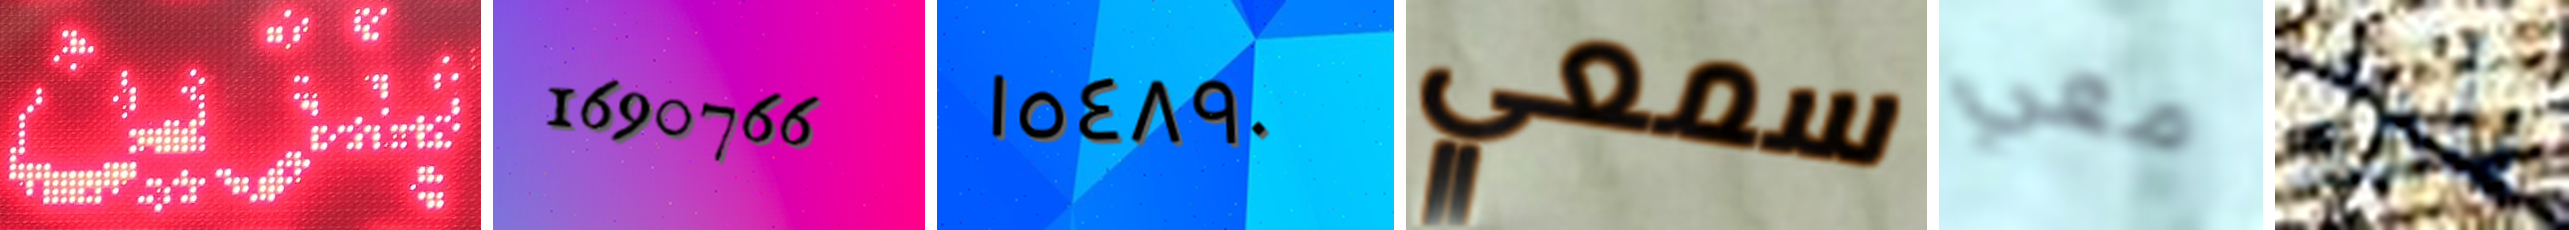
بنزين 1690766 ١٥٤٨٩٠ سمعي معي يأخد